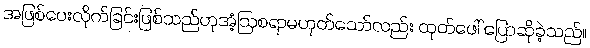
အဖြစ်ပေးလိုက်ခြင်းဖြစ်သည်ဟုအံ့ဩစရာမဟုတ်သော်လည်း ထုတ်ဖေါ် ပြောဆိုခဲ့သည်။